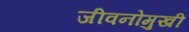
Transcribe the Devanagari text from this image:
जीवनोमुखी